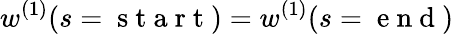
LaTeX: w^{(1)}(s=\mathrm{~s~t~a~r~t~})=w^{(1)}(s=\mathrm{~e~n~d~})